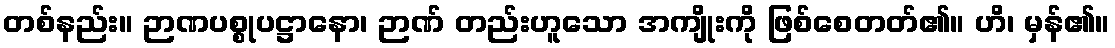
တစ်နည်း။ ဉာဏပစ္စုပဋ္ဌာနော၊ ဉာဏ် တည်းဟူသော အကျိုးကို ဖြစ်စေတတ်၏။ ဟိ၊ မှန်၏။